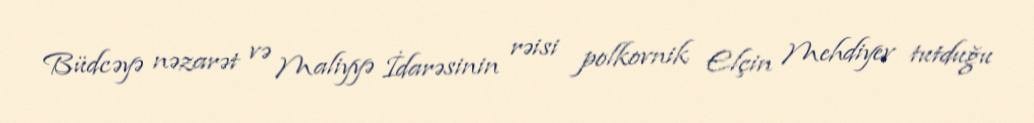
Büdcəyə nəzarət və Maliyyə İdarəsinin rəisi polkovnik Elçin Mehdiyev tutduğu